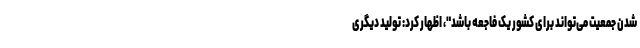
شدن جمعیت می‌تواند برای کشور یک فاجعه باشد"، اظهار کرد: تولید دیگری